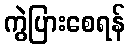
ကွဲပြားစေရန်